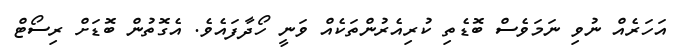
އަހަރެއް ނުވި ނަމަވެސް ބޮޑެތި ކުރިއެރުންތަކެއް ވަނީ ހޯދާފައެވެ. އެގޮތުން ބޮޑަށް ރިސޯޓް